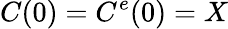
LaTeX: C(0)=C^{e}{(0)=X}